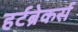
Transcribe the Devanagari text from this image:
हर्टब्रेकर्स